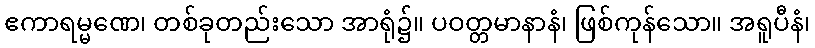
ဧကာရမ္မဏေ၊ တစ်ခုတည်းသော အာရုံ၌။ ပဝတ္တမာနာနံ၊ ဖြစ်ကုန်သော။ အရူပီနံ၊